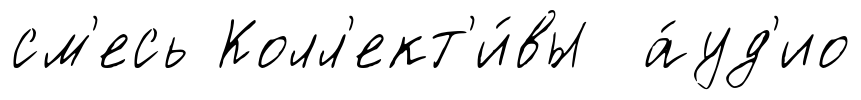
см'есь Колл'ект'и́вы а́уд'ио